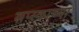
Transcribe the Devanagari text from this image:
स्रप्स्काच्या